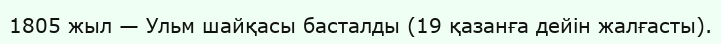
1805 жыл — Ульм шайқасы басталды (19 қазанға дейін жалғасты).